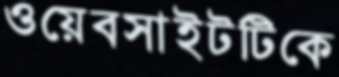
ওয়েবসাইটটিকে